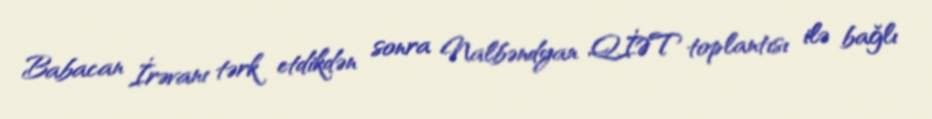
Babacan İrəvanı tərk etdikdən sonra Nalbəndyan QİƏT toplantısı ilə bağlı